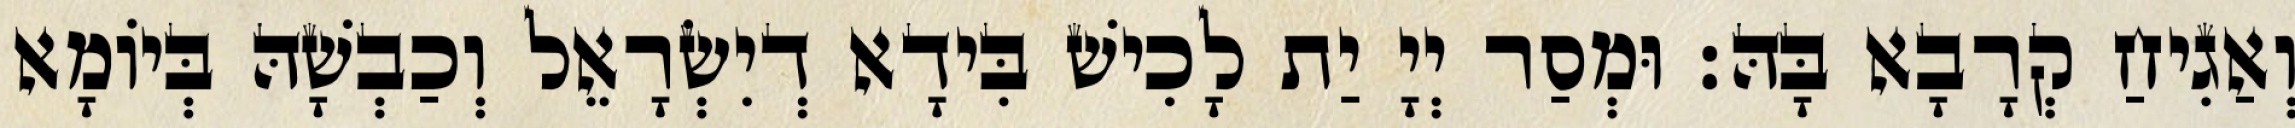
וְאַגִיחַ קְרָבָא בָּהּ׃ וּמְסַר יְיָ יַת לָכִישׁ בִּידָא דְיִשְׂרָאֵל וְכַבְשָׁהּ בְּיוֹמָא